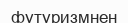
футуризмнен